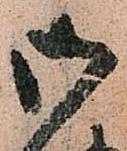
御